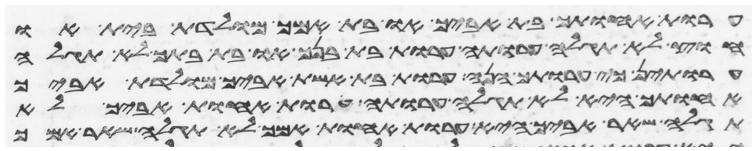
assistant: ערות אחותך בת אביך או בת אמך מולדת בית או
חוץ לא תגלה ערותה ערות בת בנך או בת בתך לא תגלה
ערותן כי ערותך הנה ערות בת אשת אביך מולדת אביך
אחותך היא לא תגלה ערותה ערות אחות אביך לא
תגלה שאר אביך היא ערות אחות אמך לא תגלה שאר אמך